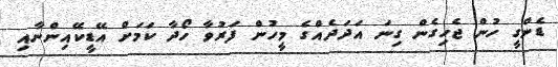
ޑެންގީ ހުން ޖެހިގެން ގިނަ އަދަދެއްގެ މީހުން ފަރުވާ ހޯދާ ކަމަށް އޭޑީކޭއިންނާއި